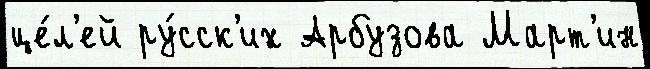
це́л'ей ру́сск'их Арбузова Март'ин